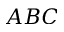
A B C